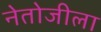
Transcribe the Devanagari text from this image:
नेतोजीला